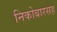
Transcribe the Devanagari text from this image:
निकोबारसह